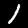
Label: 1